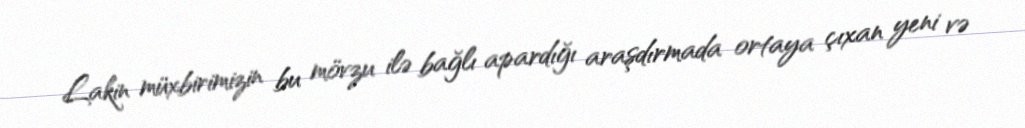
Lakin müxbirimizin bu mövzu ilə bağlı apardığı araşdırmada ortaya çıxan yeni və